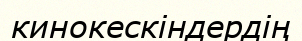
кинокескіндердің